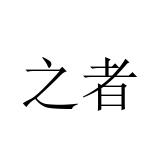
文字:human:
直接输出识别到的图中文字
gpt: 之者